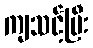
ကျသင့်ပြီး